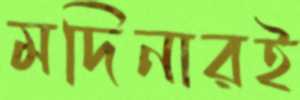
মদিনারই